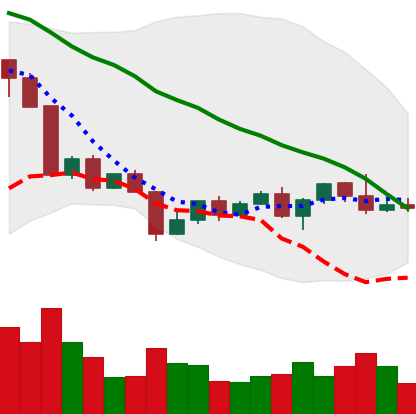
Ticker: NEO-USD
Chart end date: 2022-04-23
Forward return: -10.133%
Label: down_7plus